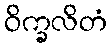
ဝိက္ခလိတံ